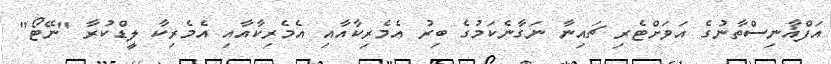
އަފްޣާނިސްތާނުގެ އަވަށްޓެރި ޗައިނާ ނަގާނެކަމުގެ ބިރު އެމެރިކާއާއި އެމެރިކާއާއި އެމެރިކާ ލީޑްކުރާ "ނޭޓޯ"